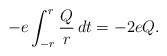
\begin{align*}- e \int_{-r}^r \frac{Q}{r} \, dt = - 2 e Q.\end{align*}